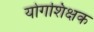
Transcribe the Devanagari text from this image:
योगशिक्षक